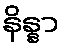
နိန္နာ